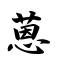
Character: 蒽